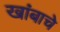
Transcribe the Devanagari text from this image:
खांबाचे